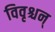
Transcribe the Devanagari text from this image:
विवृश्चन्